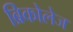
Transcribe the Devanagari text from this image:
ब्रिकोलेज